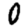
Digit: 0